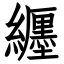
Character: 纒